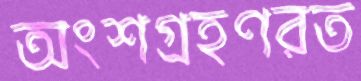
অংশগ্রহণরত